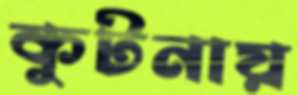
কুটনায়